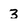
Character: 3